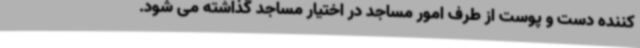
کننده دست و پوست از طرف امور مساجد در اختیار مساجد گذاشته می شود.